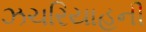
ઝચરિયાહની